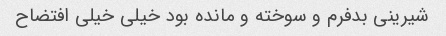
شیرینی بدفرم و سوخته و مانده بود خیلی خیلی افتضاح